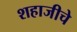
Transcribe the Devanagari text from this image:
शहाजीचे